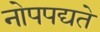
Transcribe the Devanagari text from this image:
नोपपद्यते